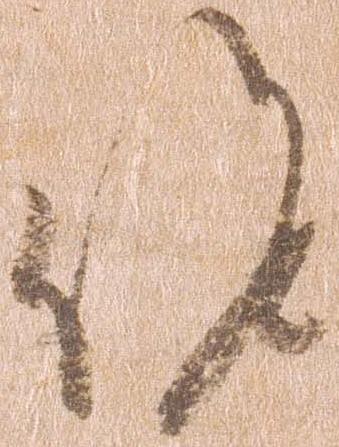
候